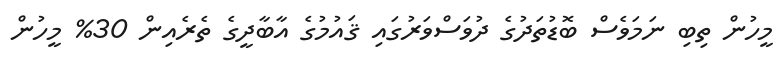
މީހުން ތިބި ނަމަވެސް ބޮޑުތަދުގެ ދުވަސްވަރުގައި ޤައުމުގެ އާބާދީގެ ތެރެއިން 30% މީހުން